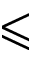
\leqslant